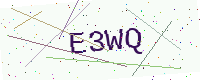
Text: E3WQ